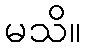
မသိ။